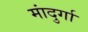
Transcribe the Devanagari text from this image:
मांदुर्गा